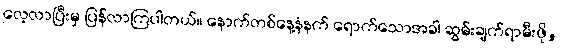
လေ့လာပြီးမှ ပြန်လာကြပါတယ်။ နောက်တစ်နေ့နံနက် ရောက်သောအခါ ဆွမ်းချက်ရာမီးဖို,